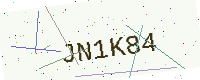
Text: JN1K84